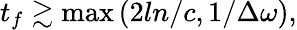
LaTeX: t_{f}\gtrsim\operatorname*{max}\left(2ln/c,1/\Delta\omega\right),